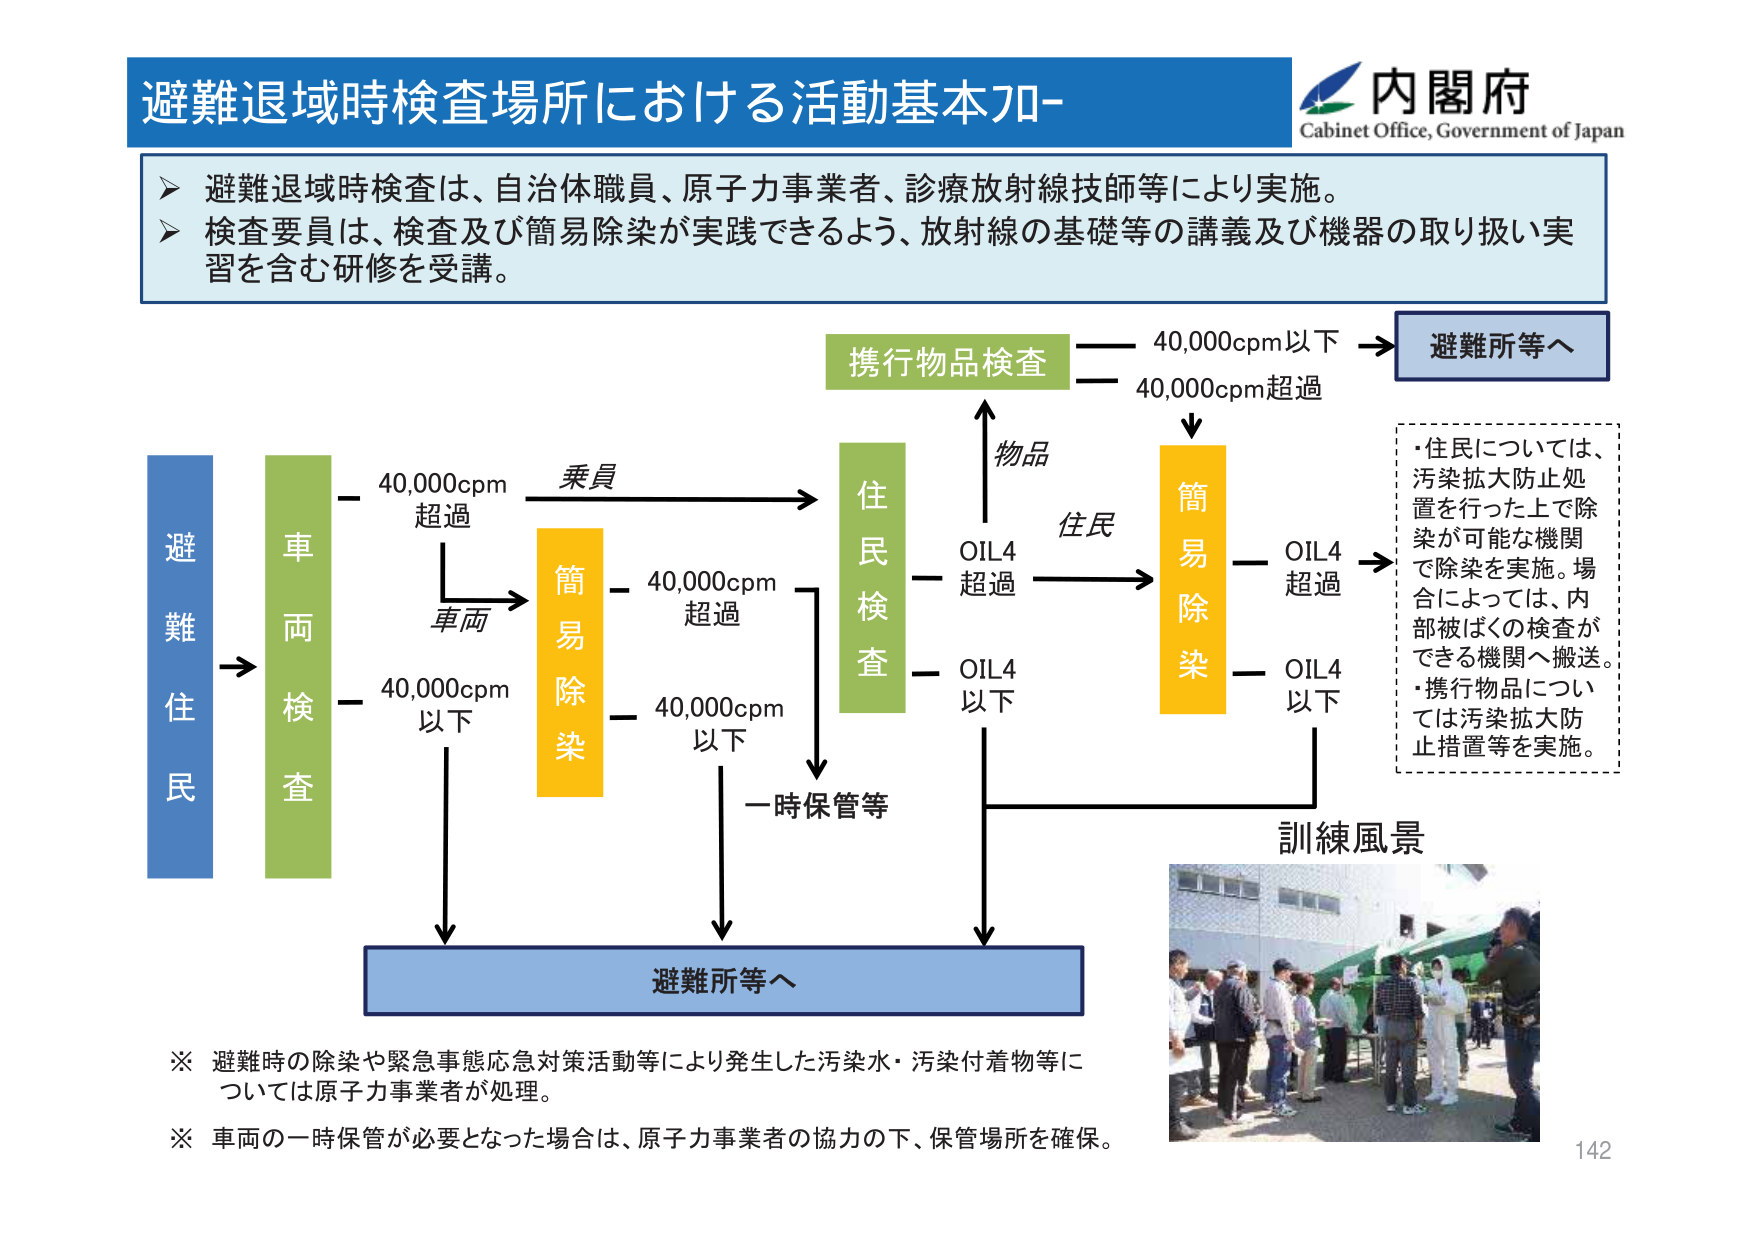
避難退域時検査場所における活動基本フロー

内閣府
Cabinet Office, Government of Japan

➤ 避難退域時検査は、自治体職員、原子力事業者、診療放射線技師等により実施。
➤ 検査要員は、検査及び簡易除染が実践できるよう、放射線の基礎等の講義及び機器の取り扱い実習を含む研修を受講。

避難住民
→ 車両検査
　　- 40,000cpm 超過 → 車両 → 簡易除染
　　- 40,000cpm 以下 → 避難所等へ

　　乗員 → 住民検査
　　　　- 40,000cpm 超過 → 簡易除染
　　　　- 40,000cpm 以下 → 一時保管等 → 避難所等へ

　　物品 → 携行物品検査
　　　　- 40,000cpm 以下 → 避難所等へ
　　　　- 40,000cpm 超過 → 簡易除染

　　住民 → 簡易除染
　　　　- OIL4 超過 → OIL4 超過 → 訓練風景
　　　　- OIL4 以下 → OIL4 以下

・住民については、
　汚染拡大防止処置を行った上で除染が可能な機関で除染を実施。場合によっては、内部被ばくの検査ができる機関へ搬送。
・携行物品については汚染拡大防止措置等を実施。

※ 避難時の除染や緊急事態応急対策活動等により発生した汚染水・汚染付着物等については原子力事業者が処理。
※ 車両の一時保管が必要となった場合は、原子力事業者の協力の下、保管場所を確保。

142